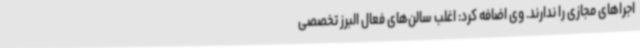
اجراهای مجازی را ندارند. وی اضافه کرد: اغلب سالن‌های فعال البرز تخصصی